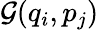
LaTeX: \mathcal{G}(q_{i},p_{j})